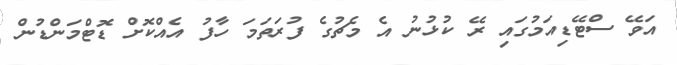
އަވޭ ސްޓޭޑިއަމުގައި ރޭ ކުޅުނު އެ މެޗުގެ ފުރަތަމަ ހާފު އެއްކޮށް ޑޮޓްމަންޑުން